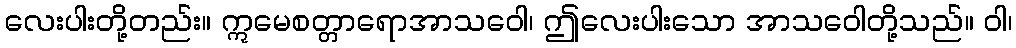
လေးပါးတို့တည်း။ ဣမေစတ္တာရောအာသဝေါ၊ ဤလေးပါးသော အာသဝေါတို့သည်။ ဝါ၊